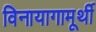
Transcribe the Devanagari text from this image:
विनायागामूर्थी